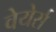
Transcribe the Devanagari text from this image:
वेयेर्स